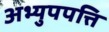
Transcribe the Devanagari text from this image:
अभ्युपपत्ति